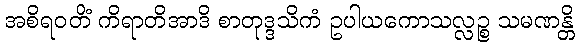
အစိရဝတိံ ကိရာတိအာဒိ စာတုဒ္ဒသိကံ ဥပါယကောသလ္လဉ္စ သမဏန္တိ